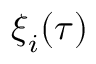
\ensuremath { \boldsymbol { \xi } } _ { i } ( \tau )